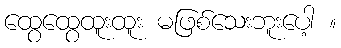
ထွေထွေထူးထူး မဖြစ်သေးဘူးပေါ့ ။